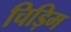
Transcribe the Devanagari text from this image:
चिड़िम